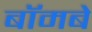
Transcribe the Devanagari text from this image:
बॉमबे